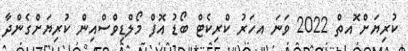
ކުރިޔަށް ޮއތް 2022 ވަނަ އހަރު ކްރިކެޓް ބޯޑު އޮފް މޯލްޑިވްސްއިން ކުރިޔަށްގެންދާ